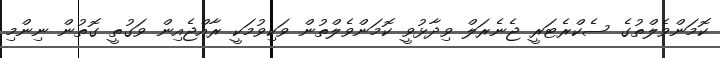
ކޮމަންވެލްތުގެ ސެކްރެޓަރީ ޖެނެރަލް ވިދާޅުވީ ކޮމަންވެލްތުން ވަކިވުމަކީ ރާއްޖެއިން ވަގުތީ ގޮތުން ނިންމި